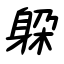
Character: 躱